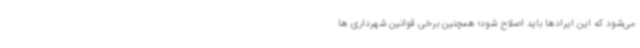
می‌شود که این ایرادها باید اصلاح شود؛ همچنین برخی قوانین شهرداری ها